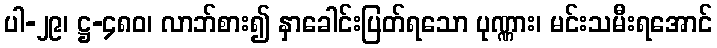
ပါ-၂၉၊ ဋ္ဌ-၄၈၀၊ လာဘ်စား၍ နှာခေါင်းပြတ်ရသော ပုဏ္ဏား၊ မင်းသမီးရအောင်